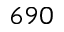
6 9 0